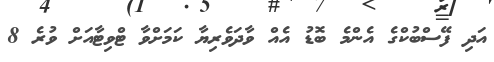
އަދި ފޭސްބުކްގެ އެންމެ ބޮޑު އެއް ވާދަވެރިޔާ ކަމަށްވާ ޓްވިޓާއަށް ވުރެ 8